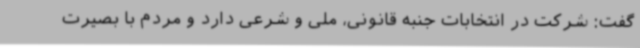
گفت: شرکت در انتخابات جنبه قانونی، ملی و شرعی دارد و مردم با بصیرت